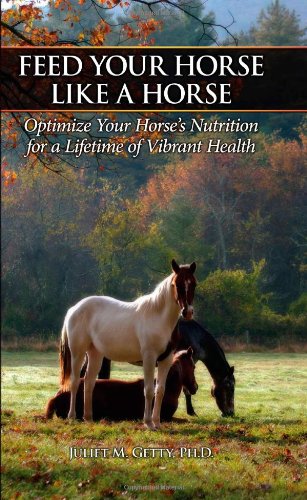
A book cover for Feed Your Horse Like a Horse: Optimize Your Horse's Nutrition for a Lifetime of Vibrant Health; Ph. D. Juliet M. Getty; Crafts, Hobbies & Home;